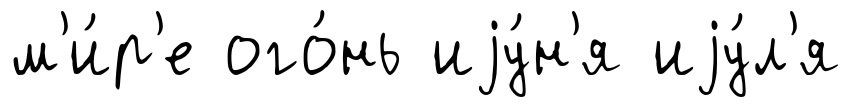
м'и́р'е ого́нь иjу́н'я иjу́л'я